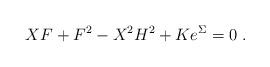
LaTeX: \begin{align*}X F + F^2 - X^2 H^2 + K e^{\Sigma} = 0 \; .\end{align*}